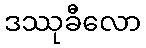
ဒဿုခီလော